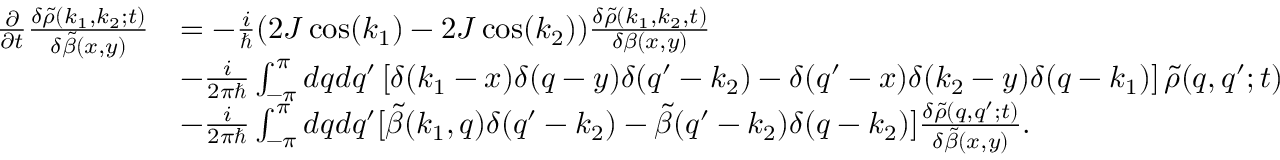
\begin{array} { r l } { \frac { \partial } { \partial t } \frac { \delta \tilde { \rho } ( k _ { 1 } , k _ { 2 } ; t ) } { \delta \tilde { \beta } ( x , y ) } } & { = - \frac { i } { \hbar } ( 2 J \cos ( k _ { 1 } ) - 2 J \cos ( k _ { 2 } ) ) \frac { \delta \tilde { \rho } ( k _ { 1 } , k _ { 2 } , t ) } { \delta \beta ( x , y ) } } \\ & { - \frac { i } { 2 \pi \hbar } \int _ { - \pi } ^ { \pi } d q d q ^ { \prime } \left[ \delta ( k _ { 1 } - x ) \delta ( q - y ) \delta ( q ^ { \prime } - k _ { 2 } ) - \delta ( q ^ { \prime } - x ) \delta ( k _ { 2 } - y ) \delta ( q - k _ { 1 } ) \right] \tilde { \rho } ( q , q ^ { \prime } ; t ) } \\ & { - \frac { i } { 2 \pi \hbar } \int _ { - \pi } ^ { \pi } d q d q ^ { \prime } [ \tilde { \beta } ( k _ { 1 } , q ) \delta ( q ^ { \prime } - k _ { 2 } ) - \tilde { \beta } ( q ^ { \prime } - k _ { 2 } ) \delta ( q - k _ { 2 } ) ] \frac { \delta \tilde { \rho } ( q , q ^ { \prime } ; t ) } { \delta \tilde { \beta } ( x , y ) } . } \end{array}